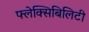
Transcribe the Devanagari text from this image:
फ्लेक्सिबिलिटी